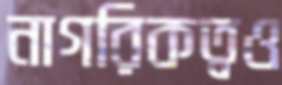
নাগরিকত্বও